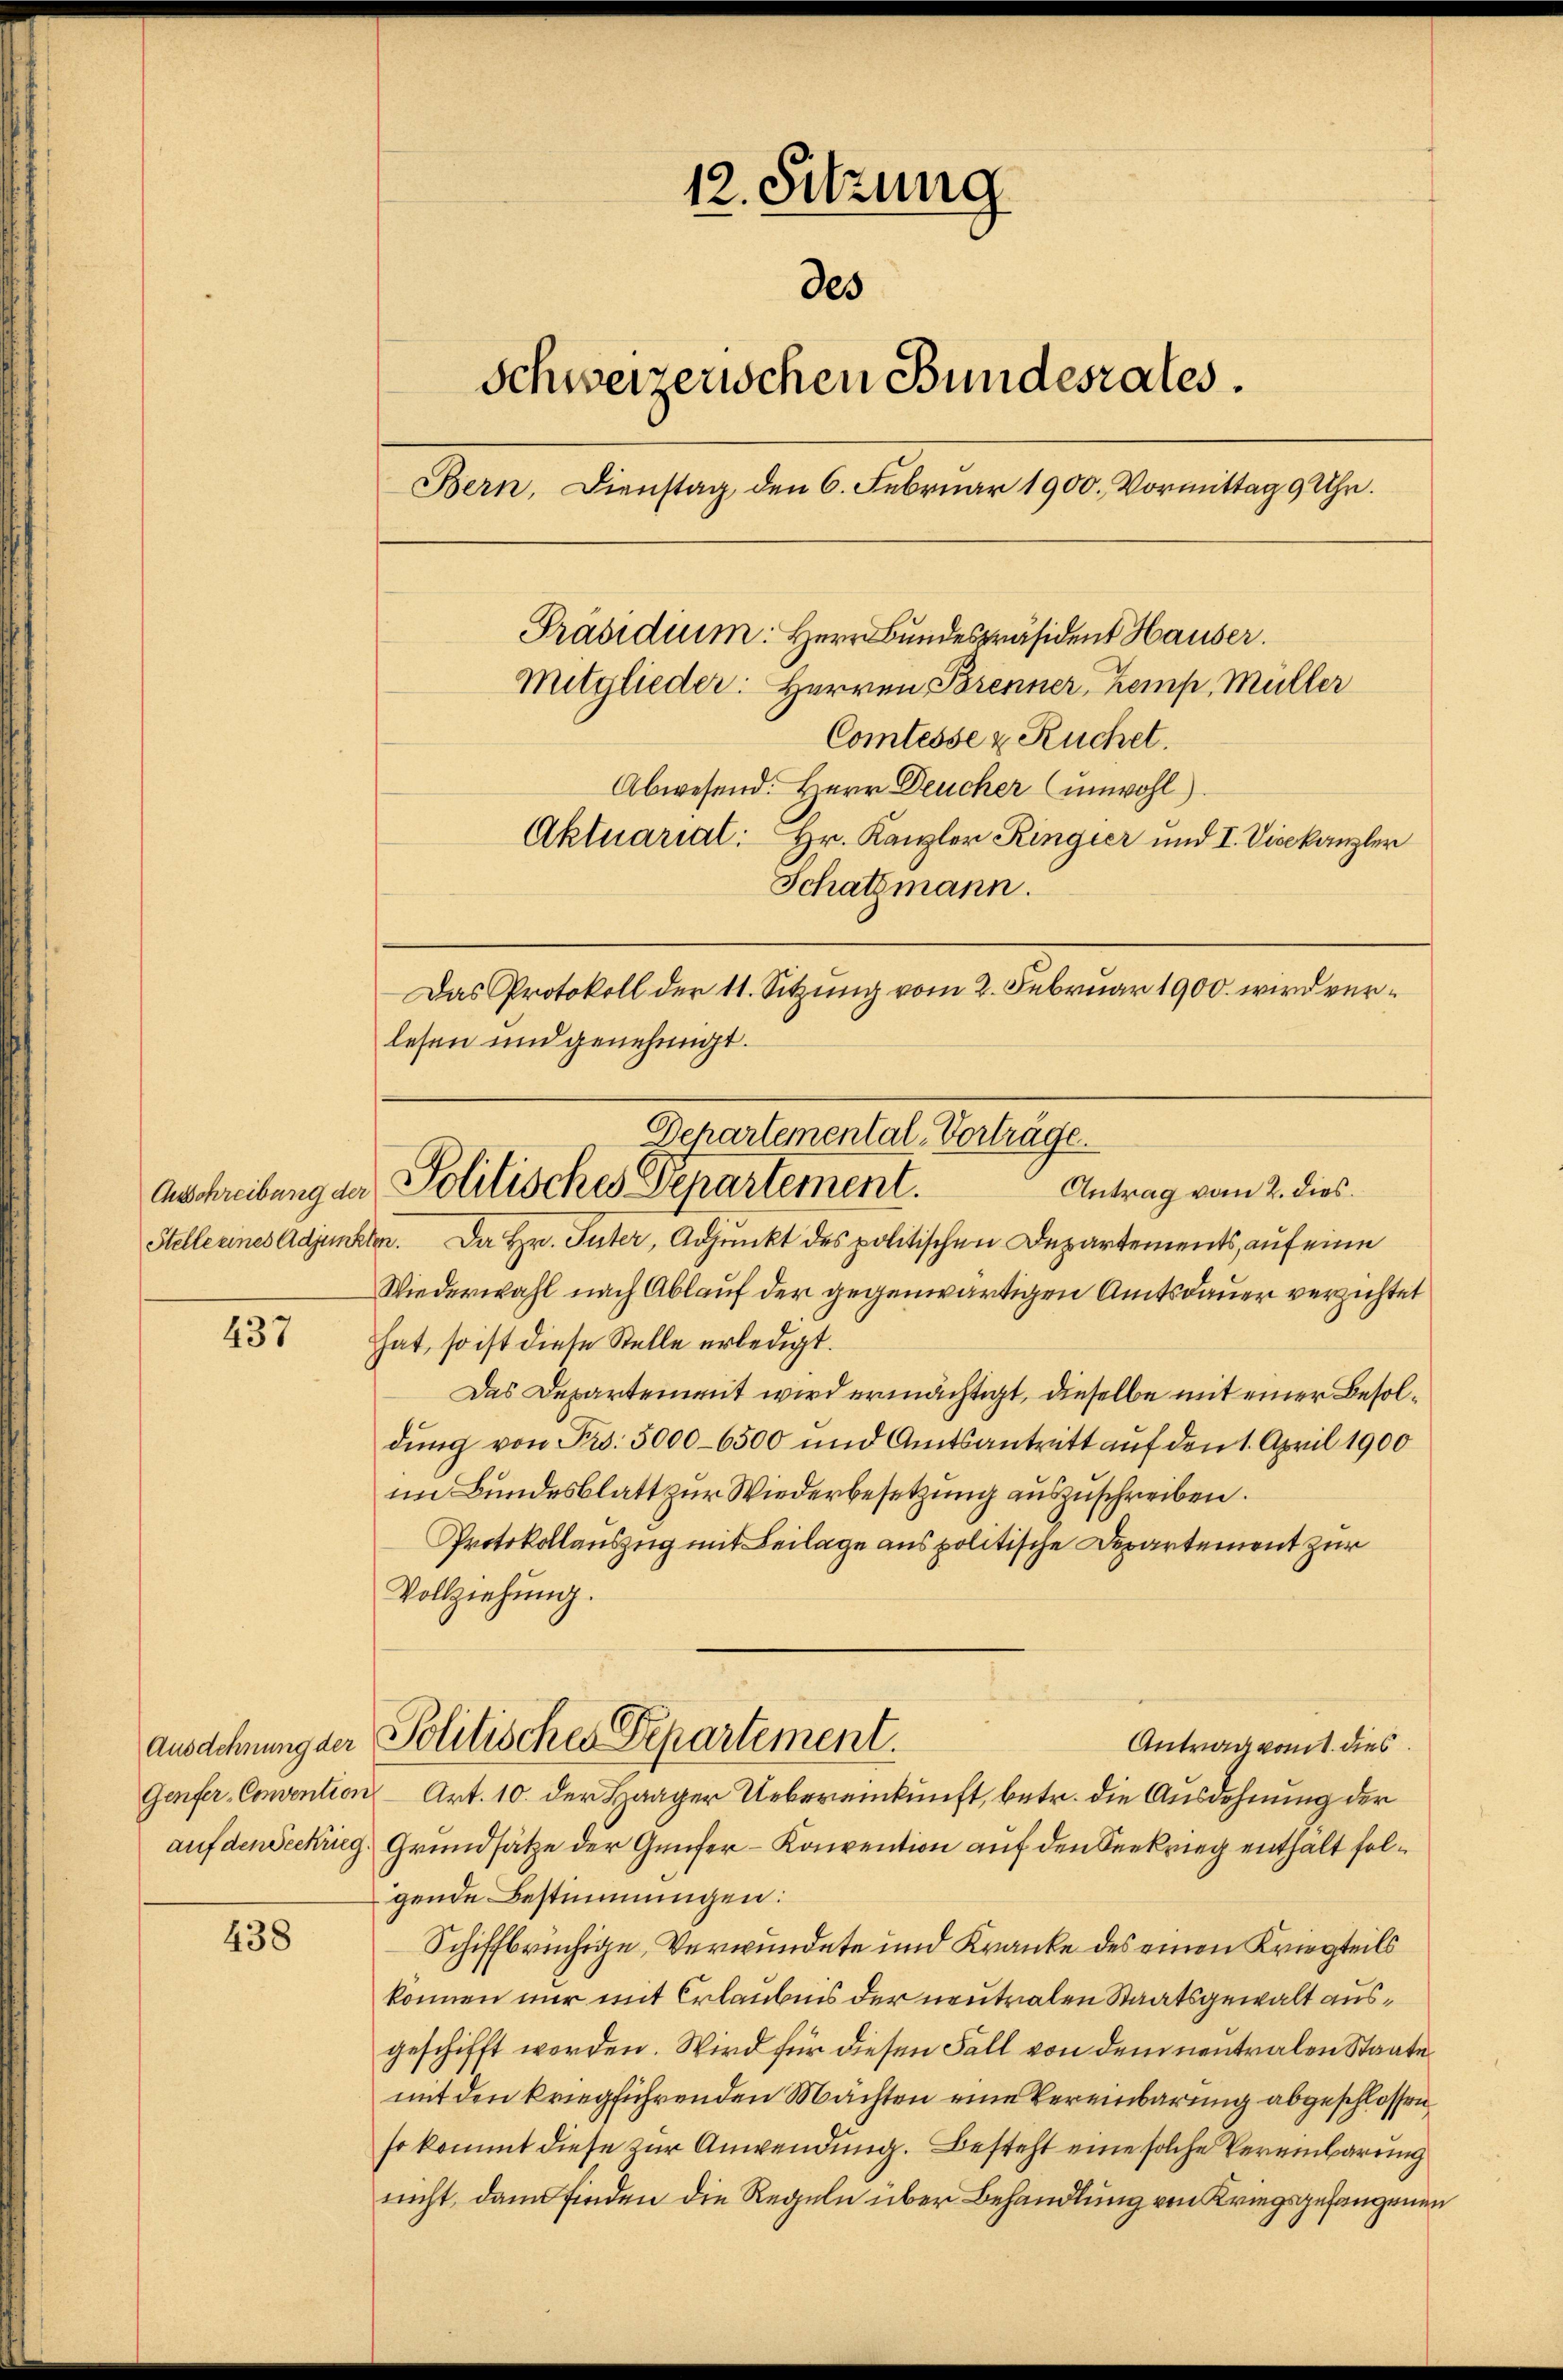
Ausschreiburg der

437

Ausdehnung der
auf den Seekrieg.

438

12. Sitzung
des
Schweizerischen Bundesrates.
Bern, Dienstag den 6. Februar 1900. Vormittag 9 Uhr.
Präsidium. Herr Bundespräsident Hauser.
Mitglieder: Herren Brenner, Kemp, Müller
Comtesse u. Ruchet.
Abwesend: Herr Deucher (unwohl).
Aktuariat: Hr. Kanzler Ringier und I. Vicekanzler
Schatzmann.
Das Protokoll der 11. Sitzung vom 2. Februar 1900. wird ver¬

lesen und genehmigt.

Stelle eines Adjunkter. Da Hr. Suter, Adjunkt des politischen Departements, auf eine
Wiederwahl nach Ablauf der gegenwärtigen Amtsdauer verzichtet
hat, so ist diese Stelle erledigt.
Das Departem mit wird ermächtigt, dieselbe mit einer Besoldung von Fr. 5000-6500 und Amtsantritt auf den 1. April 1900
im Bundesblatt zur Wiederbesetzung auszuschreiben.
Protokollauszug mit Beilage aus politische Departement zur
Vollziehŭng.
Politischen Departement.
Antrag vom 1. dies
Genfer-Convention Art. 10. der Haager Uebereinkunft, betr. die Ausdehnung der
Grundsätze der Genfer-Konvention auf den Seekrieg enthält folgende Bestimmungen:
Schiffbrüchige, Verwundete und Kranke des einen Kriegteils
können nur mit Erlaubnis der neutralen Staatsgewalt ausgeschifft worden. Wird für diesen Fall von dem neutralen Staate
mit den kriegführenden Machten eine Vereinbarung abgeschlossen
so kommt diese zur Anwendung. Besteht eine solche Vereinbarung
nicht, dann finden die Regeln über Behandlung von Kriegsgefangenen

Departemental-Vorträge.
Politisches Departement.
Antrag vom 2. dies